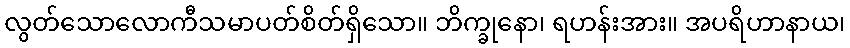
လွတ်သောလောကီသမာပတ်စိတ်ရှိသော။ ဘိက္ခုနော၊ ရဟန်းအား။ အပရိဟာနာယ၊